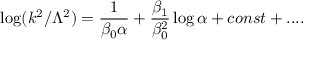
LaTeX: \log ( k ^ { 2 } / \Lambda ^ { 2 } ) = { \frac { 1 } { \beta _ { 0 } \alpha } } + { \frac { \beta _ { 1 } } { \beta _ { 0 } ^ { 2 } } } \log \alpha + c o n s t + . . . .